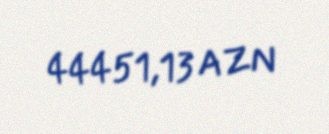
44451,13 AZN